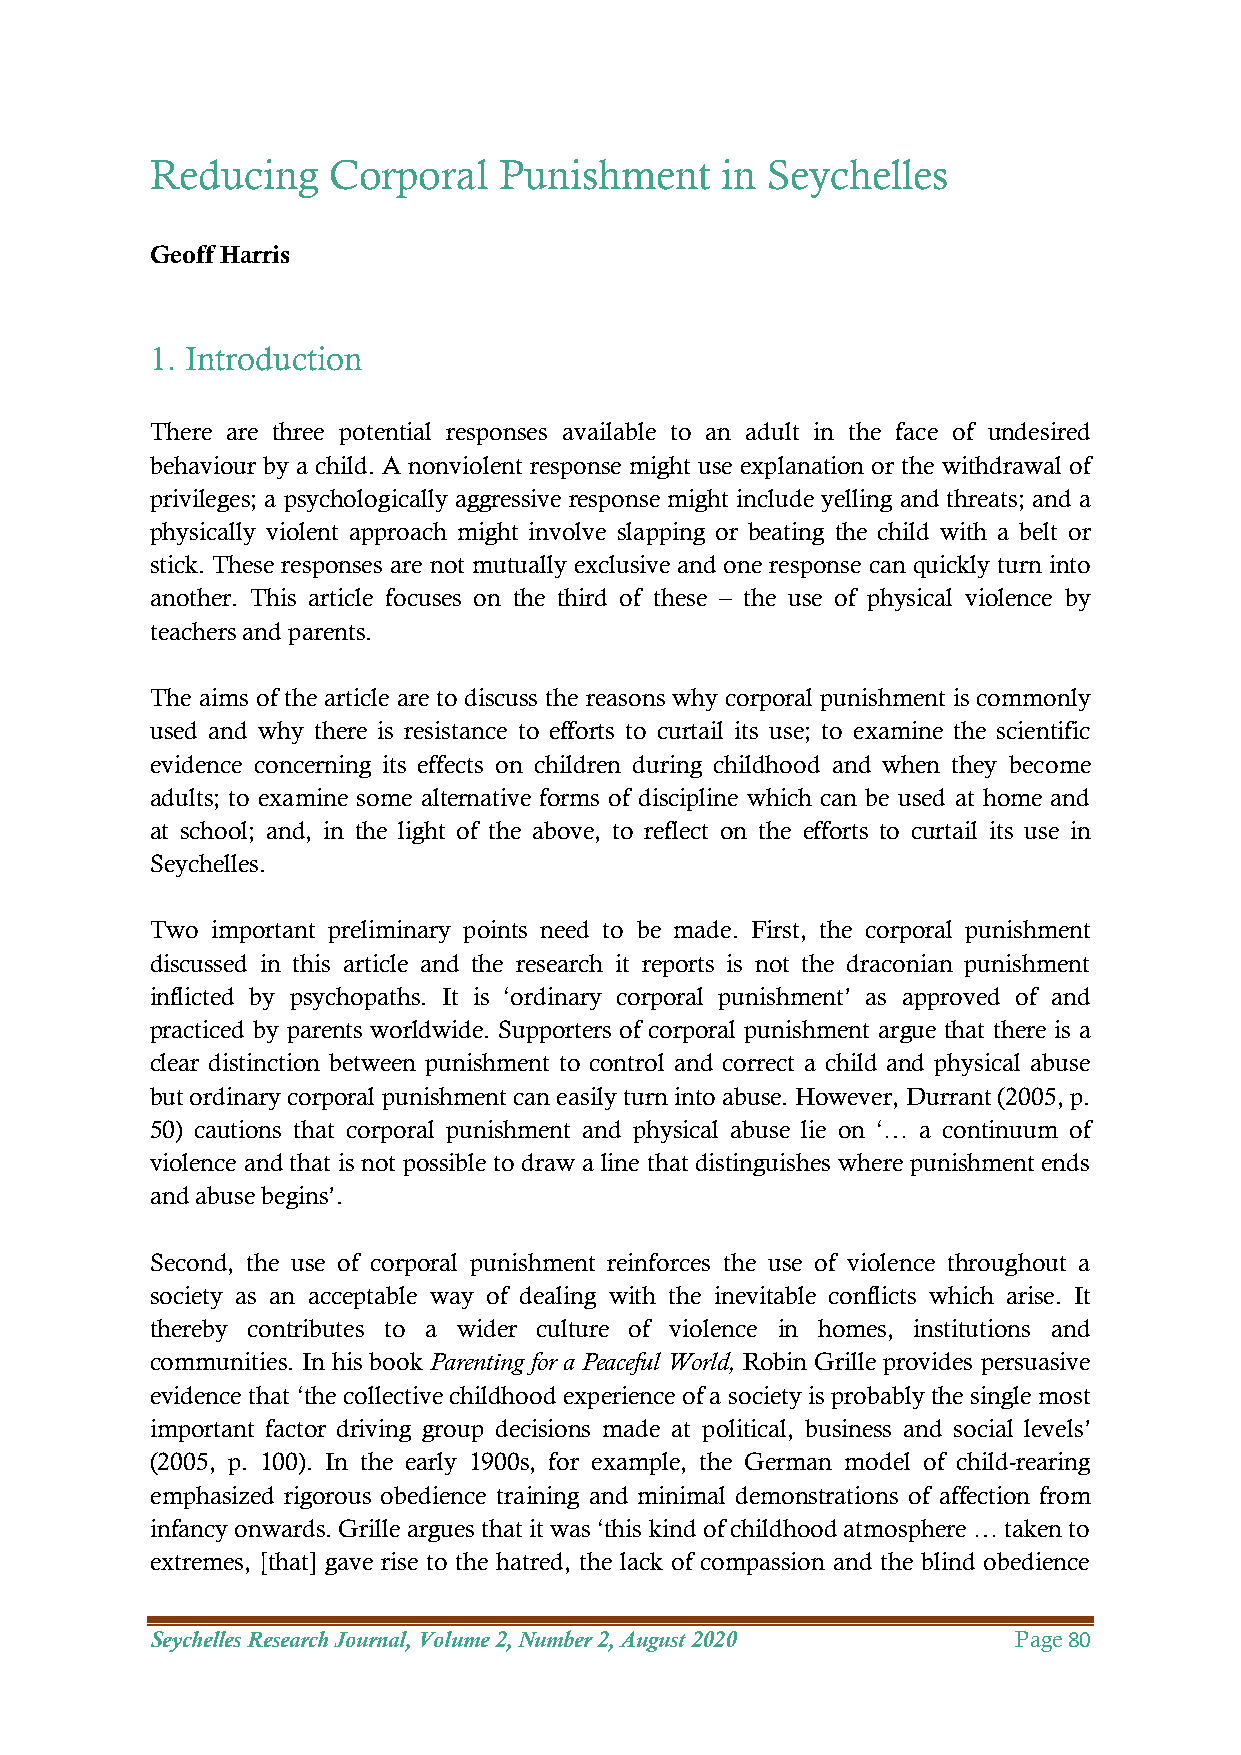
Reducing    Corporal   Punishment     in Seychelles
 Geoff Harris
 1. Introduction
 There are three potential responses available to an adult in the face of undesired
 behaviour by a child. A nonviolent response might use explanation or the withdrawal of
 privileges; a psychologically aggressive response might include yelling and threats; and a
 physically violent approach might involve slapping or beating the child with a belt or
 stick. These responses are not mutually exclusive and one response can quickly turn into
 another. This article focuses on the third of these – the use of physical violence by
 teachers and parents.
 The aims of the article are to discuss the reasons why corporal punishment is commonly
 used and why there is resistance to efforts to curtail its use; to examine the scientific
 evidence concerning its effects on children during childhood and when they become
 adults; to examine some alternative forms of discipline which can be used at home and
 at school; and, in the light of the above, to reflect on the efforts to curtail its use in
 Seychelles.
 Two important preliminary points need to be made. First, the corporal punishment
 discussed in this article and the research it reports is not the draconian punishment
 inflicted by psychopaths. It is ‘ordinary corporal punishment’ as approved of and
 practiced by parents worldwide. Supporters of corporal punishment argue that there is a
 clear distinction between punishment to control and correct a child and physical abuse
 but ordinary corporal punishment can easily turn into abuse. However, Durrant (2005, p.
 50) cautions that corporal punishment and physical abuse lie on ‘… a continuum of
 violence and that is not possible to draw a line that distinguishes where punishment ends
 and abuse begins’.
 Second, the use of corporal punishment reinforces the use of violence throughout a
 society as an acceptable way of dealing with the inevitable conflicts which arise. It
 thereby contributes to a wider culture of violence in homes, institutions and
 communities. In his book Parenting for a Peaceful World, Robin Grille provides persuasive
 evidence that ‘the collective childhood experience of a society is probably the single most
 important factor driving group decisions made at political, business and social levels’
 (2005, p. 100). In the early 1900s, for example, the German model of child-rearing
 emphasized rigorous obedience training and minimal demonstrations of affection from
 infancy onwards. Grille argues that it was ‘this kind of childhood atmosphere … taken to
 extremes, [that] gave rise to the hatred, the lack of compassion and the blind obedience
 Seychelles Research Journal, Volume 2, Number 2, August 2020 Page 80